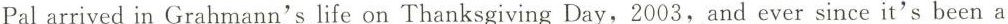
Pal arrived in Grahmann's life on Thanksgiving Day,2003,and ever since it's been a